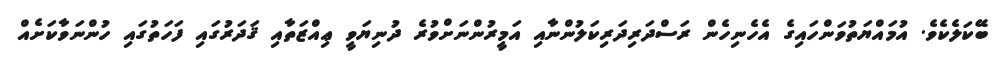
ބޭކަލެކެވެ. އުމައްޔަތުވަންހައިގެ އެހެނިހެން ރަސްދަރިދަރިކަލުންނާއި އަމީރުންނަށްވުރެ ދުނިޔަވީ ޢިއްޒަތާއި ޤަދަރުގައި ފަހަތުގައި ހުންނަވާކަށެއް